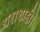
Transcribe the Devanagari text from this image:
धराशाही।